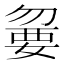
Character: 𡠍